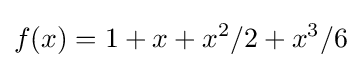
f(x)=1+x+x^{2}/2+x^{3}/6